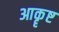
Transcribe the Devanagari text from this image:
आकॄष्ट